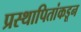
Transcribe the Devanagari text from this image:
प्रस्थापितांकडून